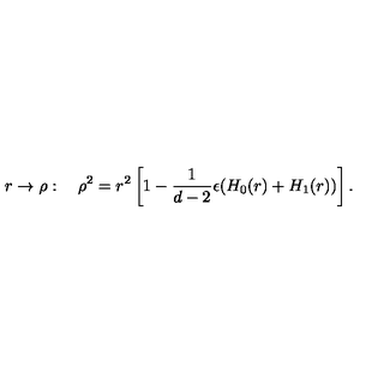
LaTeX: r \rightarrow \rho : \quad \rho ^ { 2 } = r ^ { 2 } \left[ 1 - \frac { 1 } { d - 2 } \epsilon ( H _ { 0 } ( r ) + H _ { 1 } ( r ) ) \right] .